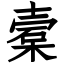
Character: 槖